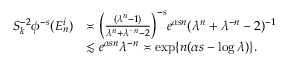
\begin{array} { r l } { S _ { k } ^ { - 2 } \phi ^ { - s } ( E _ { n } ^ { i } ) } & { \asymp \Bigl ( \frac { ( \lambda ^ { n } - 1 ) } { \lambda ^ { n } + \lambda ^ { - n } - 2 } \Bigr ) ^ { - s } e ^ { \alpha s n } ( \lambda ^ { n } + \lambda ^ { - n } - 2 ) ^ { - 1 } } \\ & { \lesssim e ^ { \alpha s n } \lambda ^ { - n } \asymp \exp \{ n ( \alpha s - \log \lambda ) \} . } \end{array}